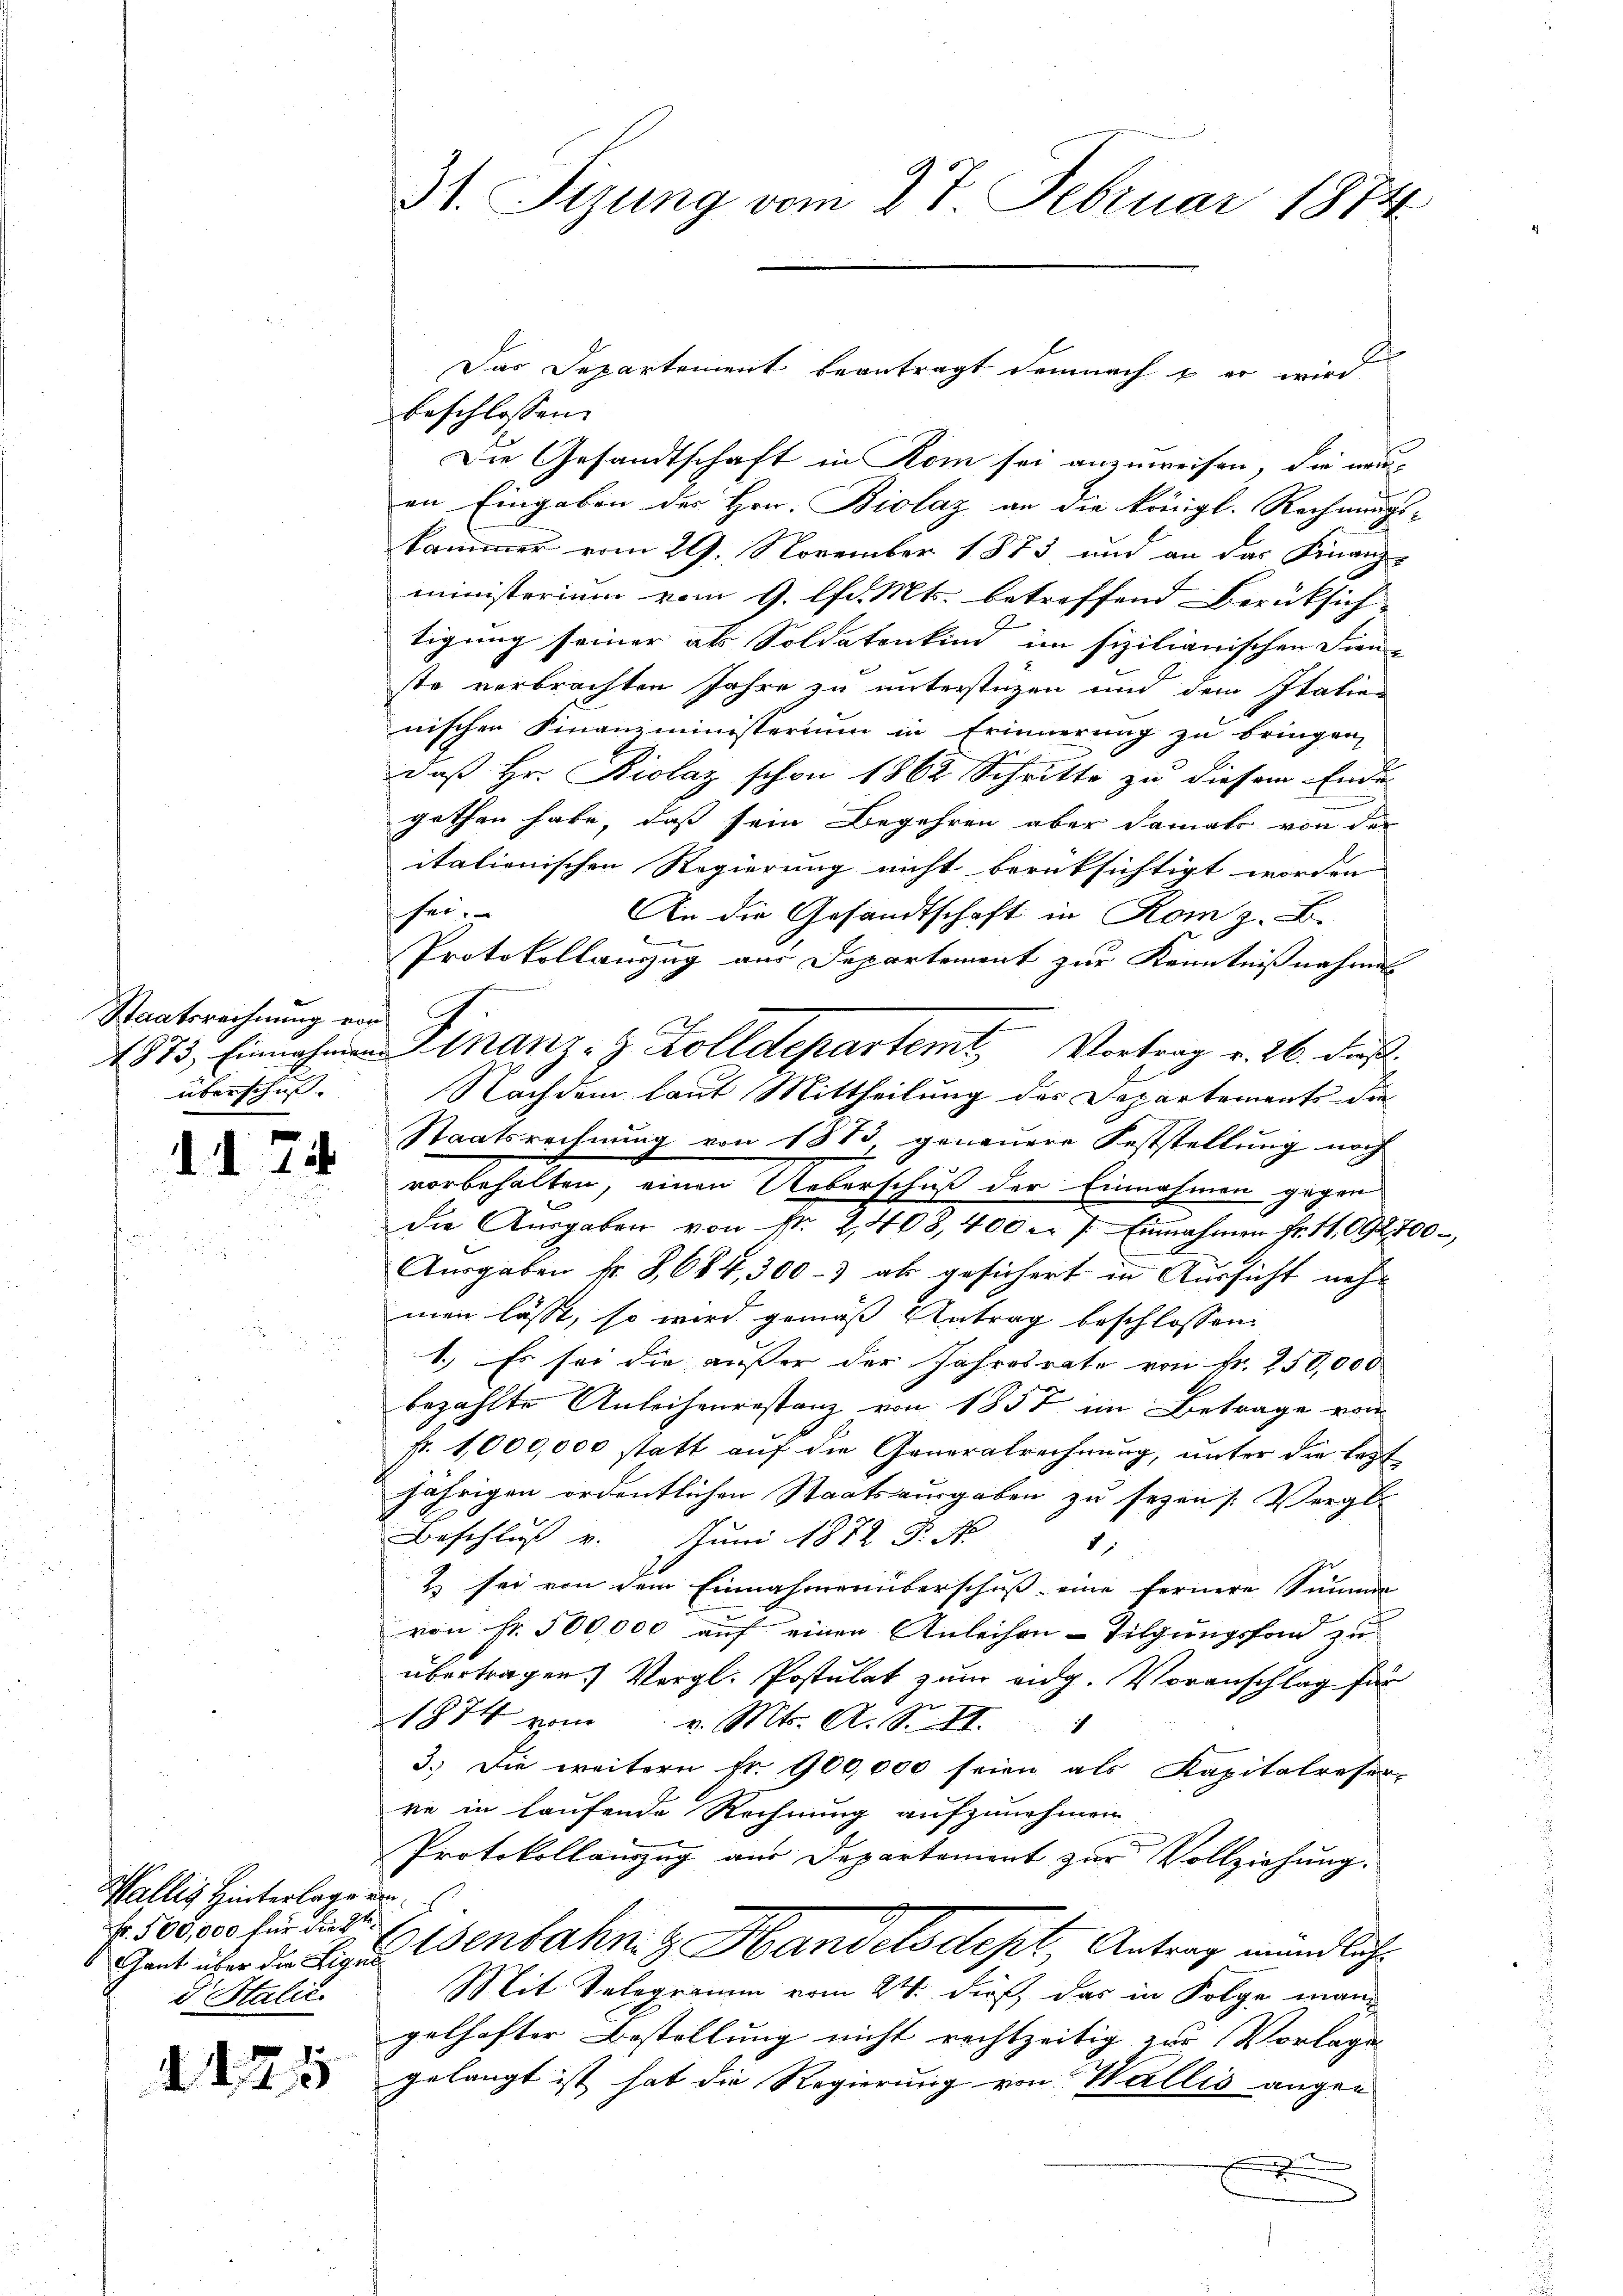
Staatsrechnung von
überschus- |

.d.

2

Wallis Hinterlage un
Fr. 500,000 für die st
d Stalić.

31. Syung vom 27. Februar 1874

d
beschlossen:
Die Gesandtschaft in Rom sei anzuweisen, die neu
en Eingaben des Hrn. Biolaz an die königl. Rechnungs-
kammer vom 29. November 1873 und an das Finanz-
ministerium vom 9. lfd. Mts. betreffend Berüksich
tigung seiner als Soldatenkind im sizilianischen Fien-
ste verbrachten Jahre zu unterstüzen und dem Italien
nischen Finanzministerium in Erinnerung zu bringen,
daß Hr. Biolaz schon 1862 Schritte zu diesem Ende
gethen habe, daß sein Begehren aber damals von der
itationischen Regierung nicht berüksichtigt worden
schen.
An die Gesandtschaft in Rom z. B.
Protokollauszug aus Departement zur Kenntnißnahmen
Nachdem laut Mittheilung des Departements die
Staatsrechnung von 1873, genauere Feststellung noch
vorbehalten, einen Ueberschuß der Einnahmen gegen
die Aŭsgaben von Nr. 2408,400 - 7. Einnahmen Fr. 11. 092 700
Ausgaben fr. 3,684,300-3 ab gesichert in Aussicht nehmen lässt, so wird gemäß Antrag beschlossen
1.) Es sei die ausser der Jahresrate von Fr. 250,000
bezahlte Anleihenrestanz von 1857 im Betrage von
Fr. 1,000,000 statt auf die Generalrechnung, unter die legt
jährigen ordentlichen Staatsausgaben zu seyen /: Vergl.
Beschluß v. Juni 1872 Fr.
1
& sei von dem Einnahmen überschuß eine fernere Summe
von Nr. 500,000 auf einen Anleihen Tilgungsfon zu
übertragen. Vergl. Postulat zum eidg. Voranschlag für
1874 vom v. Mts. A. S. II. 4
3.) Die weitern fr. 900,000 seien als Kapitalreser-
re in laufende Rechnung aufzunehmen.
Protokollanzzug aus Departement zur Vollziehung.
Gent über die Eine Wenbahng Handels dept Antrag mündliche
Mit Telegramm vom 24. dieß, das in Folge man
gelhafter Bestellung nicht rechtzeitig zur Vorlage
 gelangt ist hat die Regierung von Wallis ange¬
.
¬

Das Departement beantragt demnach & er wird

1875. Einnahmen Finanz-Z. Kolldepartemt Vortrag v. 26. dieß.